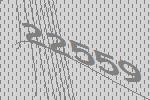
22559